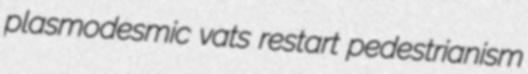
plasmodesmic vats restart pedestrianism